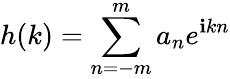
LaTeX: h(k)=\sum_{n=-m}^{m}a_{n}e^{\mathbf{i}kn}